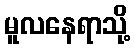
မူလနေရာသို့